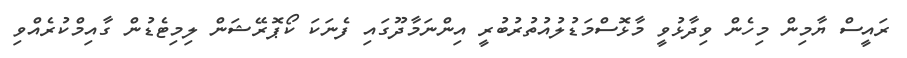
ރައީސް ޔާމިން މިހެން ވިދާޅުވީ މާޅޮސްމަޑުލުއުތުރުބުރީ އިންނަމާދޫގައި ފެނަކަ ކޯޕޮރޭޝަން ލިމިޓެޑުން ގާއިމްކުރެއްވި